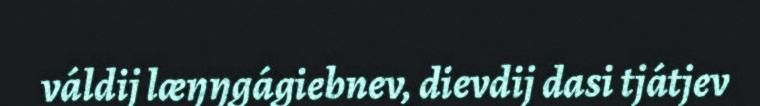
váldij læŋŋgágiebnev, dievdij dasi tjátjev